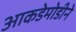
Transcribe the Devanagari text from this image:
आकडेमोडीने